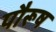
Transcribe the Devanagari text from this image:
पौरूष